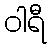
ဝါရီ